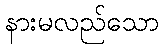
နားမလည်သော